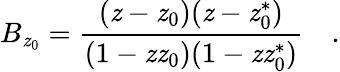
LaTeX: B_{\mathit{z}_{0}}=\frac{{(\mathit{z}-\mathit{z}_{0})(\mathit{z}-\mathit{z}_{0}^{*})}}{{(1-\mathit{z}\mathit{z}_{0})(1-\mathit{z}\mathit{z}_{0}^{*})}}\quad.